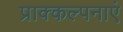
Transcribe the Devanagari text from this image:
प्राक्कल्पनाएं